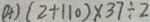
( 4 ) ( 2 + 1 1 0 ) \times 3 7 \div 2